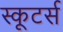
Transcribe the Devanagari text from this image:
स्कूटर्स